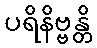
ပရိနိဗ္ဗန္တိ